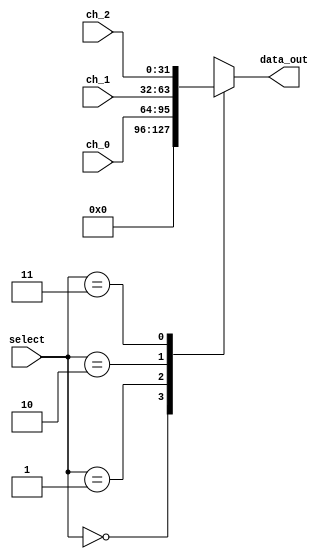
module Mux_3x1_bv2 #(parameter W=32)
(
//Input Signals
input wire [1:0] select,
input wire [W-1:0] ch_0,
input wire [W-1:0] ch_1,
input wire [W-1:0] ch_2,
//Output Signals
output reg [W-1:0] data_out
);
    always @*
        begin
            case(select)
                2'b00: data_out <= {W{1'b0}};
                2'b01: data_out <= ch_0;
                2'b10: data_out <= ch_1;
                2'b11: data_out <= ch_2;
        //        default : data_out <= ch_0;
            endcase
        end
endmodule